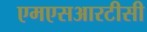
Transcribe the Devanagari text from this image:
एमएसआरटीसी